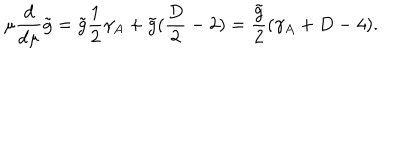
\mu \frac { d } { d \mu } \tilde { g } = \tilde { g } \frac 1 2 \gamma _ { A } + \tilde { g } ( \frac D 2 - 2 ) = \frac { \tilde { g } } { 2 } ( \gamma _ { A } + D - 4 ) .